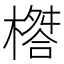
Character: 𣛇